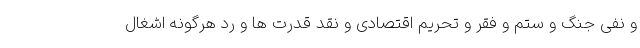
و نفی جنگ و ستم و فقر و تحریم اقتصادی و نقد قدرت ها و رد هرگونه اشغال